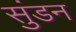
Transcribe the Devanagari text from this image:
सुंडन